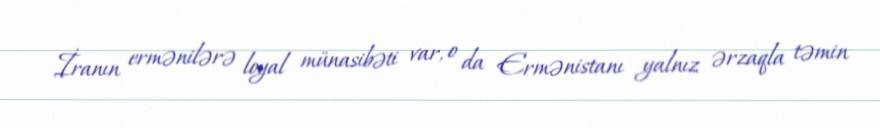
İranın ermənilərə loyal münasibəti var, o da Ermənistanı yalnız ərzaqla təmin